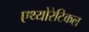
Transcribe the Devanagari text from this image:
एथ्योरेटिकल